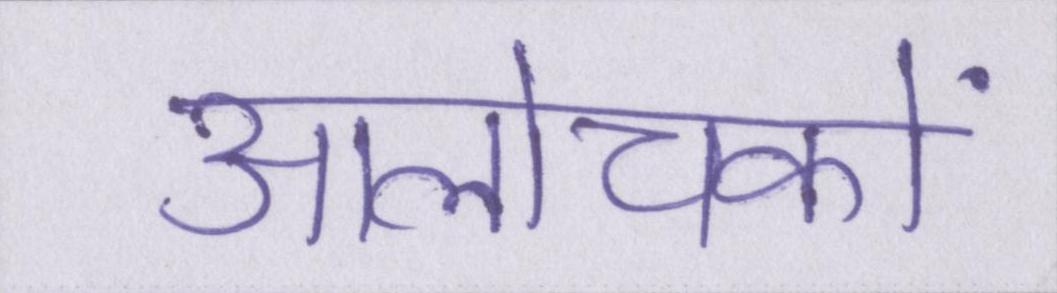
आलोचकों